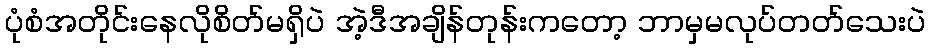
ပုံစံအတိုင်းနေလိုစိတ်မရှိပဲ အဲ့ဒီအချိန်တုန်းကတော့ ဘာမှမလုပ်တတ်သေးပဲ